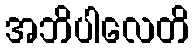
အဘိပါလေတိ